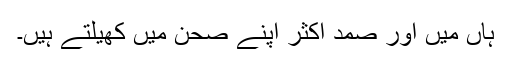
ہاں میں اور صمد اکثر اپنے صحن میں کھیلتے ہیں۔